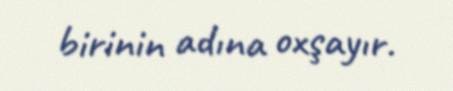
birinin adına oxşayır.